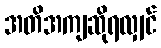
အတိအကျဆိုရလျှင်